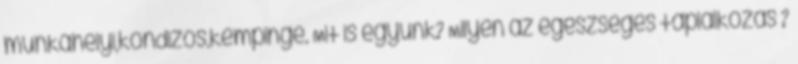
munkahelyi,kondizós,kempinge. Mit is együnk? Milyen az egészséges táplálkozás ?